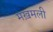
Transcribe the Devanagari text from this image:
मख़मली